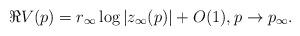
LaTeX: \begin{align*} \Re V(p) = r_{\infty} \log |z_{\infty}(p)| + O(1), p \to p_{\infty}.\end{align*}